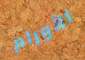
الأورام